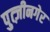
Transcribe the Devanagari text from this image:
पुत्ज़ीनगेर